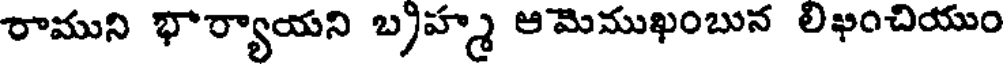
రాముని భార్యాయని బ్రహ్మ ఆమెముఖంబున లిఖంచియుం